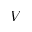
V